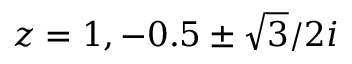
z = 1 , - 0 . 5 \pm { \sqrt { 3 } } / 2 i